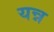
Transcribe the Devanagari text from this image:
यन्न